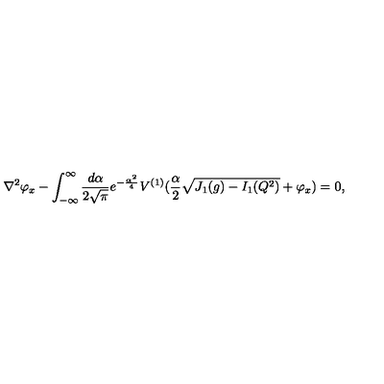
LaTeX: \nabla ^ { 2 } \varphi _ { x } - \int _ { - \infty } ^ { \infty } { \frac { d \alpha } { 2 \sqrt { \pi } } } e ^ { - { \frac { \alpha ^ { 2 } } { 4 } } } V ^ { ( 1 ) } ( { \frac { \alpha } { 2 } } \sqrt { J _ { 1 } ( g ) - I _ { 1 } ( Q ^ { 2 } ) } + \varphi _ { x } ) = 0 ,